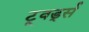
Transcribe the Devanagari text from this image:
टूवर्ड्स